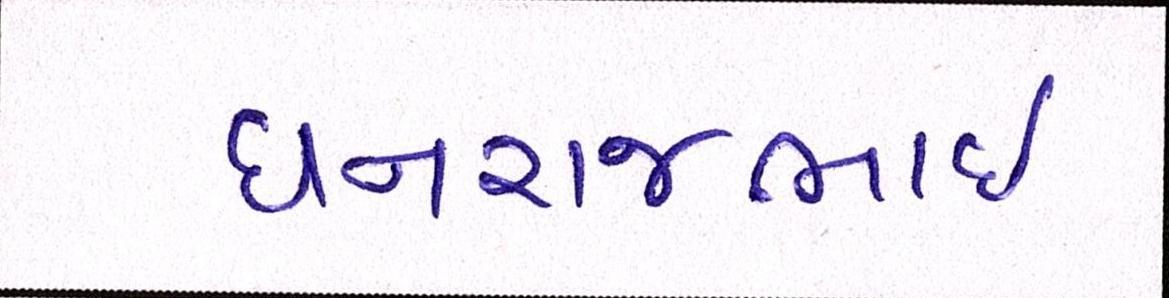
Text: ધનરાજભાઈ